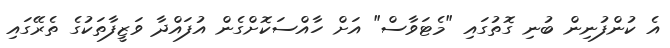
އެ ކުންފުނިން ބުނި ގޮތުގައި "މެޓަވާސް" އަށް ހާއްސަކޮށްގެން އުފައްދާ ވަޒީފާތަކުގެ ތެރޭގައި